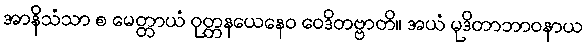
အာနိသံသာ စ မေတ္တာယံ ဝုတ္တနယေနေဝ ဝေဒိတဗ္ဗာတိ။ အယံ မုဒိတာဘာဝနာယ